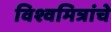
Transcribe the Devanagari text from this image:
विश्वमित्रांचे